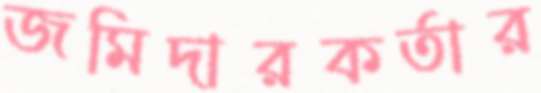
জমিদারকর্তার